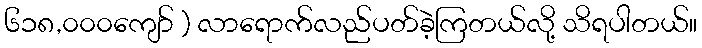
၆၁၈,၀၀၀ကျော် ) လာရောက်လည်ပတ်ခဲ့ကြတယ်လို့ သိရပါတယ်။